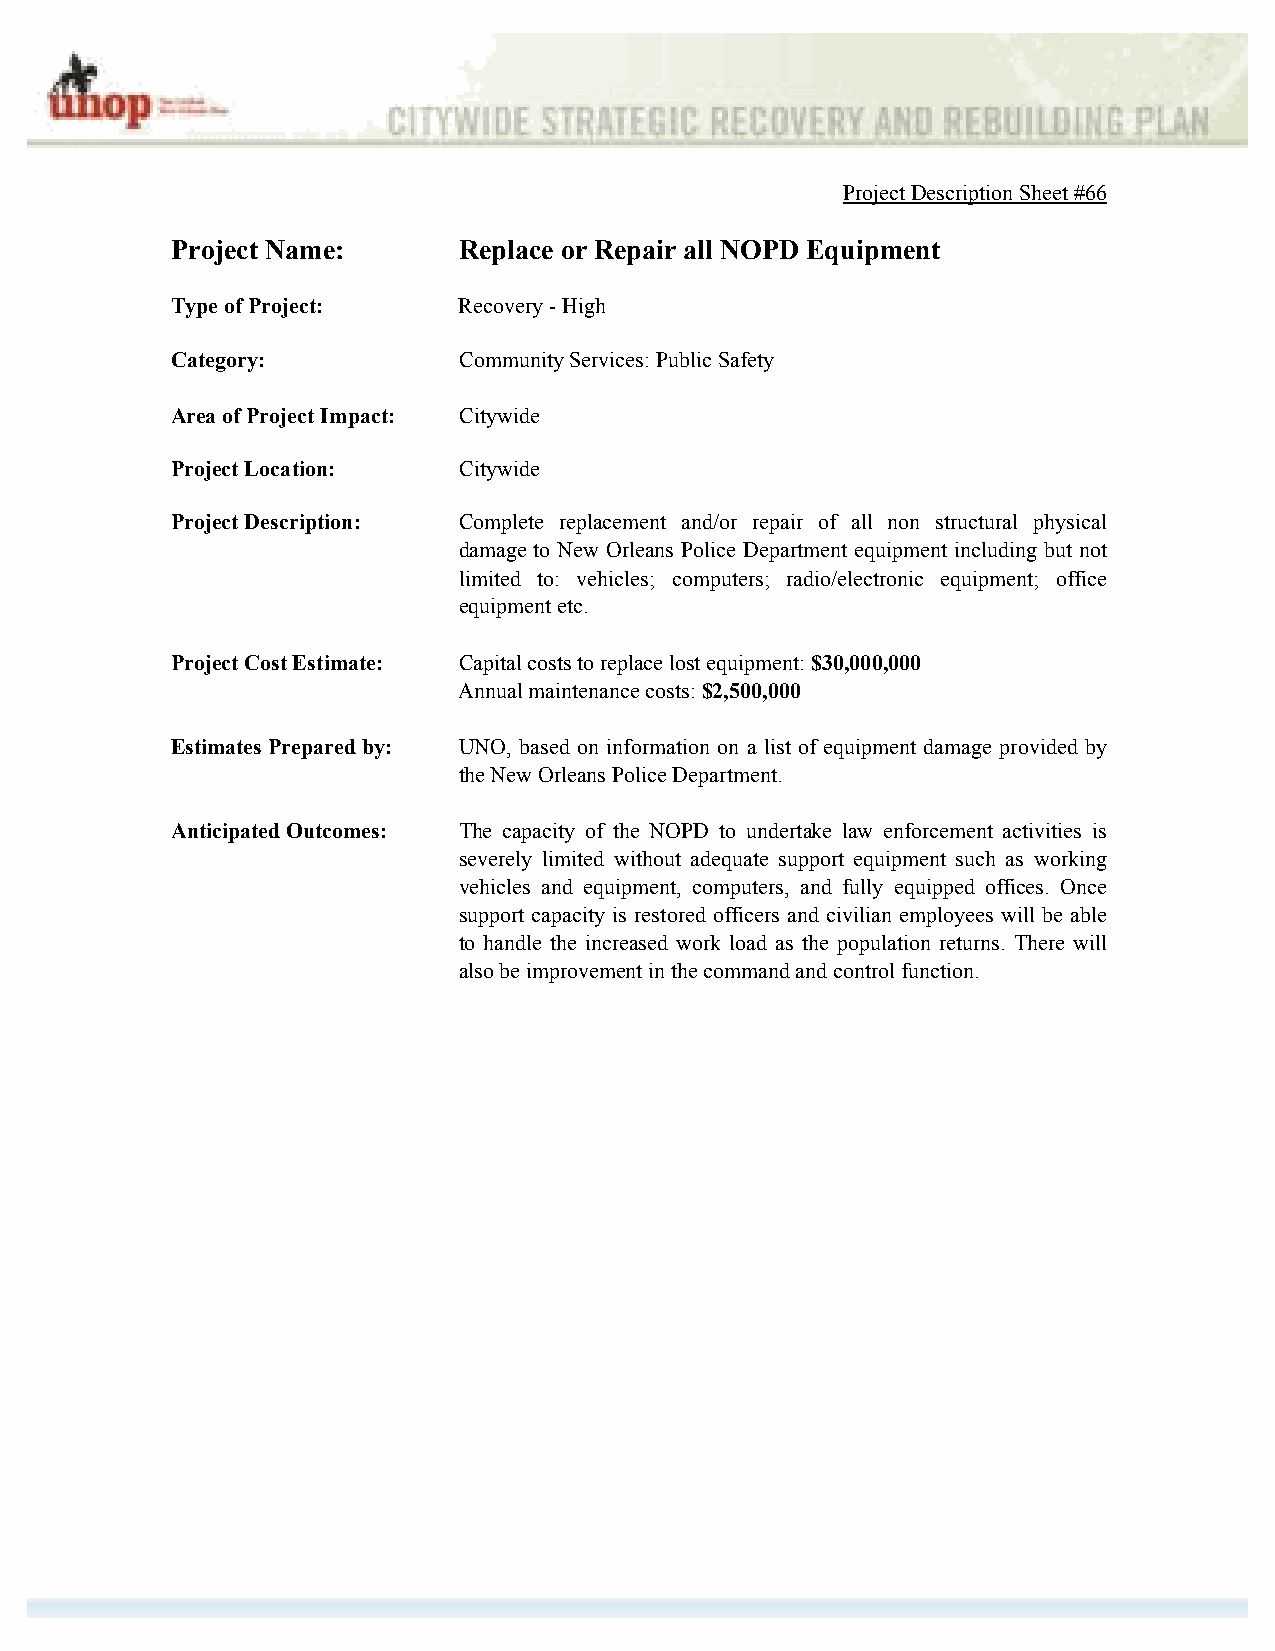
Project Description Sheet #66
 Project Name:      Replace or Repair all NOPD Equipment
 Type of Project:   Recovery - High
 Category:          Community Services: Public Safety
 Area of Project Impact: Citywide
 Project Location:  Citywide
 Project Description: Complete replacement and/or repair of all non structural physical
 damage to New Orleans Police Department equipment including but not
 limited to: vehicles; computers; radio/electronic equipment; office
 equipment etc.
 Project Cost Estimate: Capital costs to replace lost equipment: $30,000,000
 Annual maintenance costs: $2,500,000
 Estimates Prepared by: UNO, based on information on a list of equipment damage provided by
 the New Orleans Police Department.
 Anticipated Outcomes: The capacity of the NOPD to undertake law enforcement activities is
 severely limited without adequate support equipment such as working
 vehicles and equipment, computers, and fully equipped offices. Once
 support capacity is restored officers and civilian employees will be able
 to handle the increased work load as the population returns. There will
 also be improvement in the command and control function.